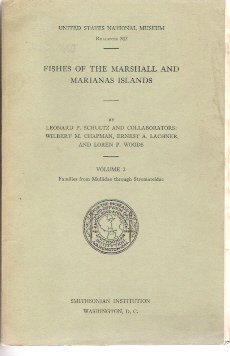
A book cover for FISHES OF THE MARSHALL AND MARIANAS ISLANDS - VOL. 2 - FAMILIES FROM MULLIDAE THROUGH STROMATEIDAE; Leonard P. et al Schultz; History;